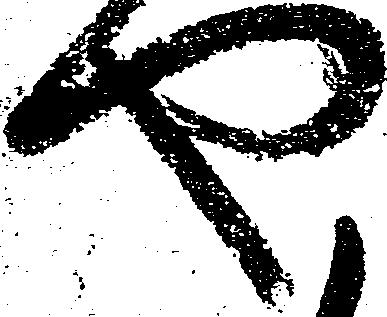
や